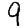
Digit: 9